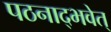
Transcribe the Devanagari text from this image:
पठनाद्भवेत्